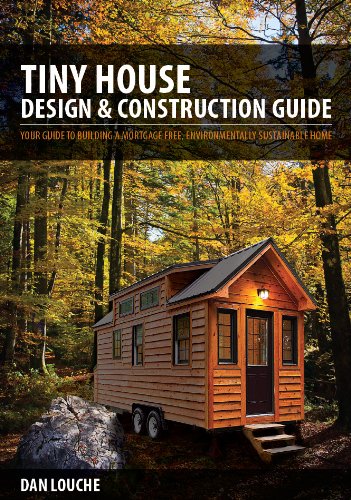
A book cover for Tiny House Design & Construction Guide; Dan Louche; Engineering & Transportation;